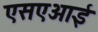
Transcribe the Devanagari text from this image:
एसएआई